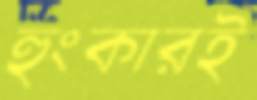
হুংকারই